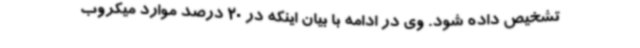
تشخیص داده شود. وی در ادامه با بیان اینکه در 20 درصد موارد میکروب